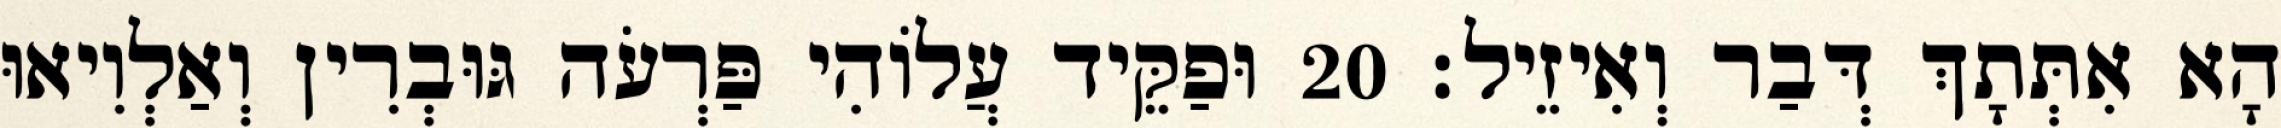
הָא אִתְּתָךְ דְּבַר וְאִיזֵיל׃ 20 וּפַקֵּיד עֲלוֹהִי פַּרְעֹה גּוּבְרִין וְאַלְוִיאוּ